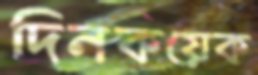
দিনকয়েক